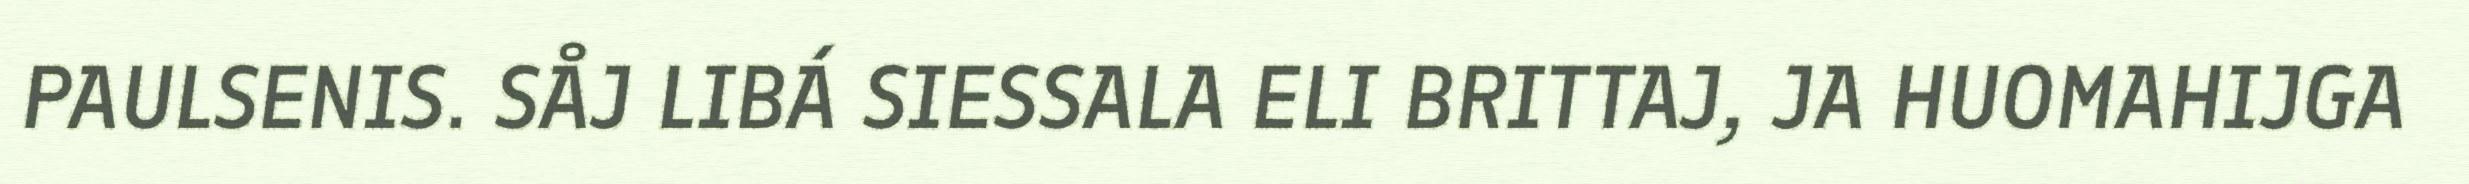
PAULSENIS. SÅJ LIBÁ SIESSALA ELI BRITTAJ, JA HUOMAHIJGA